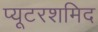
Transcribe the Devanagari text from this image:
प्यूटरशमिद